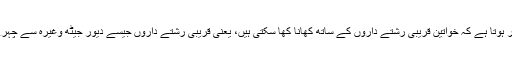
اس آیت سے یہ ظاہر ہوتا ہے کہ خواتین قریبی رشتے داروں کے ساتھ کھانا کھا سکتی ہیں، یعنی قریبی رشتے داروں جیسے دیور جیٹھ وغیرہ سے چہرے کا پردہ نہیں ہے۔